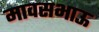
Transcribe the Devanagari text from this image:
मावसभाऊ